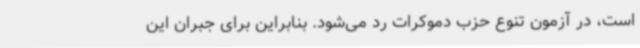
است، در آزمون تنوع حزب دموکرات رد می‌شود. بنابراین برای جبران این